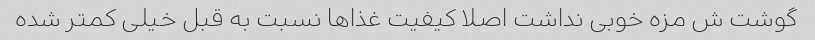
گوشت ش مزه خوبی نداشت اصلا کیفیت غذا‌ها نسبت به قبل خیلی کمتر شده